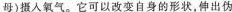
母)摄入氧气。它可以改变自身的形状，伸出伪